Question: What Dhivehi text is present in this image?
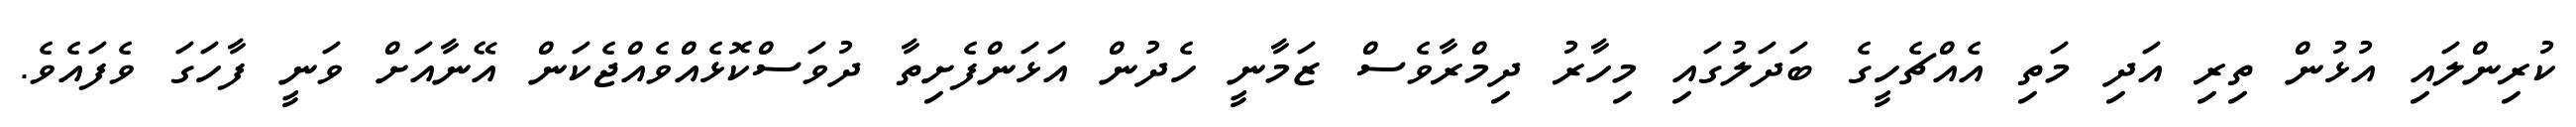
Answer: ކުރިންލައި އުޅުން ތިރި އަދި މަތި އެއްޗެހީގެ ބަދަލުގައި މިހާރު ދިމްރާވެސް ޒަމާނީ ހެދުން އަޅަންފެށިތާ ދުވަސްކޮޅެއްވެއްޖެކަން އޭނާއަށް ވަނީ ފާހަގަ ވެފައެވެ.